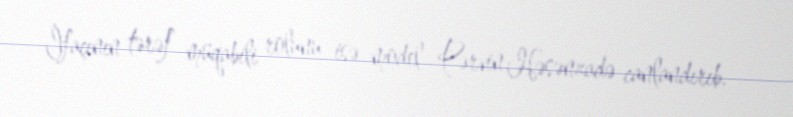
İfaçının tərəf müqabili rolunu isə model Pərvin Həsənzadə canlandırıb.